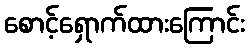
စောင့်ရှောက်ထားကြောင်း